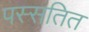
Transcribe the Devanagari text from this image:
पस्सतित